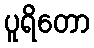
ပူရိတော